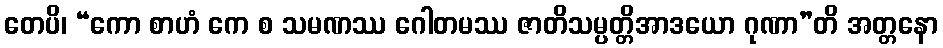
တေပိ၊ “ကော စာဟံ ကေ စ သမဏဿ ဂေါတမဿ ဇာတိသမ္ပတ္တိအာဒယော ဂုဏာ”တိ အတ္တနော